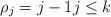
LaTeX: \begin{align*}\rho_j=j-1 j\leq k\end{align*}